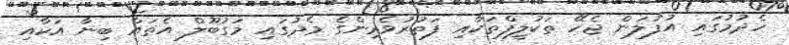
ހެދުމުގައި އުފުލަން ޖެހޭ ތަކުލީފްތަކާއި ފަތުރުވެރިންގެ މެދުގައި މަގުބޫލް އެތައް ބިނާ އަކާއި